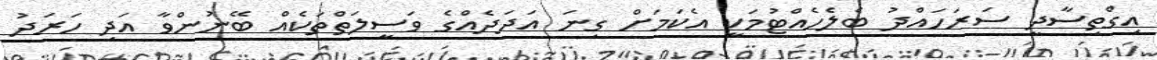
އިގްތިސާދީ ސަރަހައްދު ބެލެހެއްޓުމަކީ އެކަމަށް ގިނަ އަދަދެއްގެ ވަސީލަތްތަކެއް ބޭނުންވާ އަދި ހަރަދު